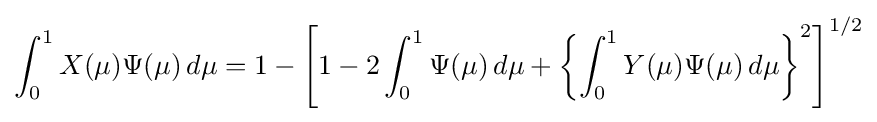
\int _{0}^{1}X(\mu )\Psi (\mu )\,d\mu =1-\left[1-2\int _{0}^{1}\Psi (\mu )\,d\mu +\left\{\int _{0}^{1}Y(\mu )\Psi (\mu )\,d\mu \right\}^{2}\right]^{1/2}